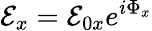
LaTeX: \mathcal{E}_{x}=\mathcal{E}_{0x}e^{i\Phi_{x}}